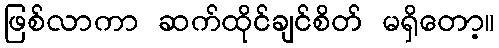
ဖြစ်လာကာ ဆက်ထိုင်ချင်စိတ် မရှိတော့။